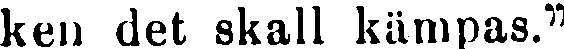
ken det skall kämpas."